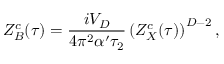
Z _ { B } ^ { c } ( \tau ) = { \frac { i V _ { D } } { 4 \pi ^ { 2 } \alpha ^ { \prime } \tau _ { 2 } } } \left( Z _ { X } ^ { c } ( \tau ) \right) ^ { D - 2 } ,